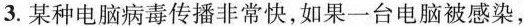
3.某种电脑病毒传播非常快，如果一台电脑被感染，